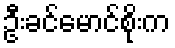
ဦးခင်မောင်စိုးက